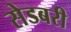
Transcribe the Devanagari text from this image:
सेडबरी